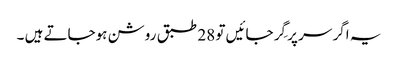
یہ اگر سر پر گِر جائیں تو 28 طبق روشن ہوجاتے ہیں ۔